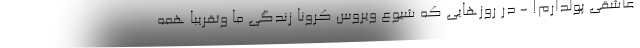
عاشقی پولدارم! - در روزهایی که شیوع ویروس کرونا زندگی ما وتقریبا همه